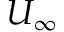
U _ { \infty }